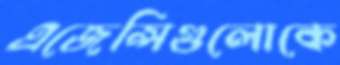
এজেন্সিগুলোকে